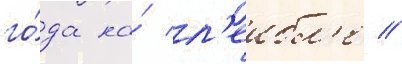
го́да на́ л'еибл'е //